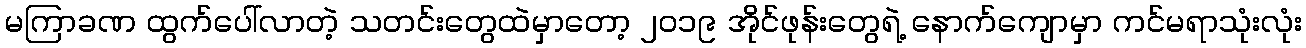
မကြာခဏ ထွက်ပေါ်လာတဲ့ သတင်းတွေထဲမှာတော့ ၂၀၁၉ အိုင်ဖုန်းတွေရဲ့ နောက်ကျောမှာ ကင်မရာသုံးလုံး